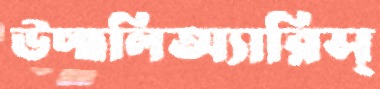
উচ্ছলিঅ্যারিস্